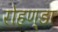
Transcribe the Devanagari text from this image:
रोहण्डा